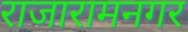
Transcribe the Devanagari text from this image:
राजारामनगर